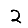
Digit: 2